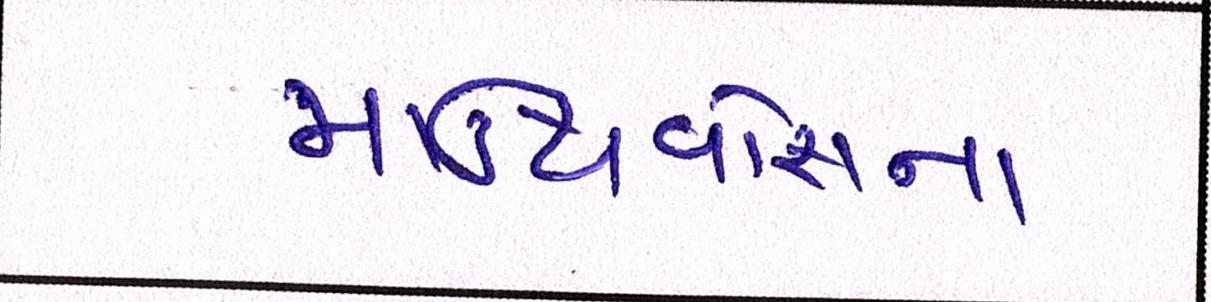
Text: માઉથવોશના